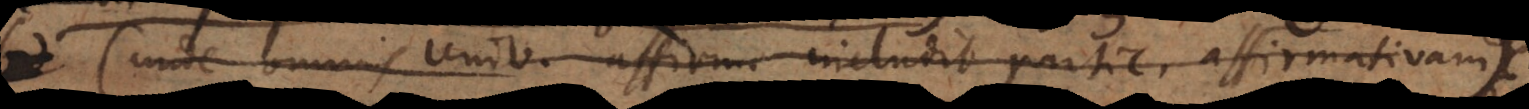
sed (unde omnis Univ. affirm. includit partic. affirmativam)